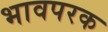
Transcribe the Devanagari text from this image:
भावपरक